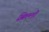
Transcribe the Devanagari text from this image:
झिल्लीं